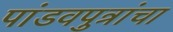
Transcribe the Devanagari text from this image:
पांडवपुत्रांचा